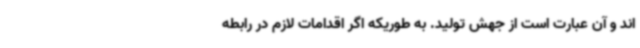
اند و آن عبارت است از جهش تولید. به طوریکه اگر اقدامات لازم در رابطه